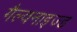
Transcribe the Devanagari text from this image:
गैल्वनाइज्ड